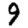
Digit: 9